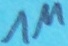
Text: 1M